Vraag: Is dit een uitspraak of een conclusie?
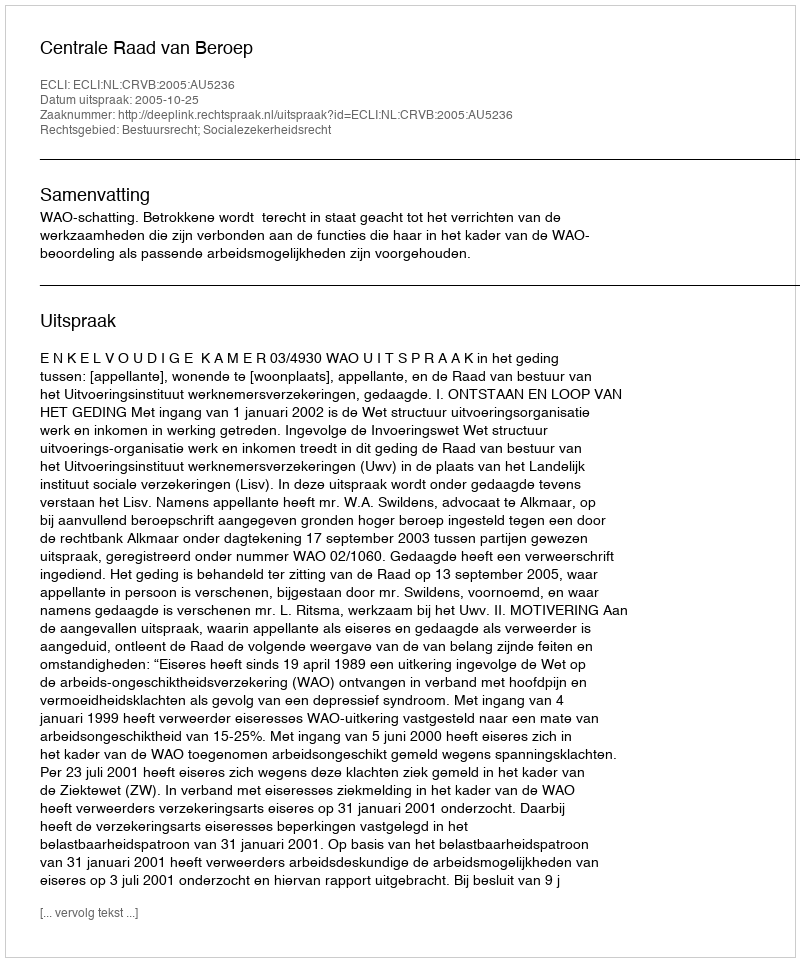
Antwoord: Uitspraak